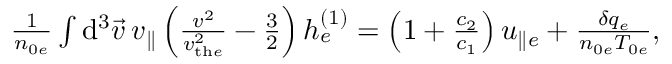
\begin{array} { r } { \frac { 1 } { n _ { 0 e } } \int \mathrm { d } ^ { 3 } \vec { v } \: v _ { \parallel } \left( \frac { v ^ { 2 } } { v _ { \mathrm { t h } e } ^ { 2 } } - \frac { 3 } { 2 } \right) h _ { e } ^ { ( 1 ) } = \left( 1 + \frac { c _ { 2 } } { c _ { 1 } } \right) u _ { \parallel e } + \frac { \delta q _ { e } } { n _ { 0 e } T _ { 0 e } } , } \end{array}